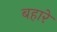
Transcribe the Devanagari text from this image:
बहारे